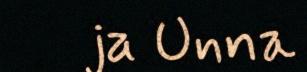
ja Unna